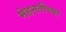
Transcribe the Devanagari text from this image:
मेहनतीच्या